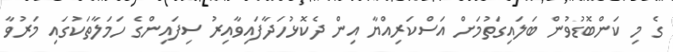
ގެ މި ކަންބޮޑުވުން ބަލައިގަތުމަށް އަސްކަރިއްޔާ އިން ދެކޮޅުހަދާފައިވާއިރު ސިފައިންގެ ހަމަލާތަކުގައި މަރުވާ